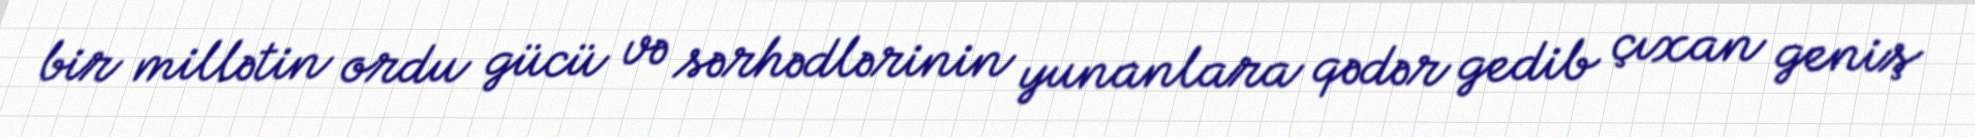
bir millətin ordu gücü və sərhədlərinin yunanlara qədər gedib çıxan geniş